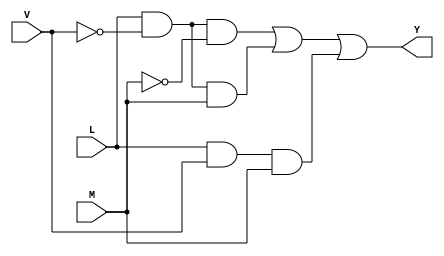
//Universidad del Valle Digital 1
//Rodrigo Jos Garca Ambrosy Carne:19085
//Ejercicio 5 - Sistema de Alarma

module SistemaSOP(input wire L, V, M, output wire Y);
//nots
    wire nL, nV, nM;
//salidas
    wire w1, w2, w3;

//operadoers
    not(nL, L);
    not(nV, V);
    not(nM, M);
    and(w1,L, nV, nM);
    and(w2,L, nV, M);
    and(w3,L, V, M);
    or(Y, w1, w2, w3);

endmodule



module SistemaPOS(input wire L, V, M, output wire Y);
//nots
    wire nL, nV, nM;
//salidas
    wire w1, w2, w3, w4, w5;

//operadoers
    not(nL, L);
    not(nV, V);
    not(nM, M);
    or(w1, L, V, M);
    or(w2, L, V, nM);
    or(w3, L, nV, M);
    or(w4, L, nV, nM);
    or(w5, nL, nV, M);
    and(Y, w1, w2, w3, w4, w5);

endmodule



module SistemaSIM(input wire L, V, M, output wire Y);
//nots
    wire nV;
//salidas
    wire w1, w2;

//operadoers
    not(nV, V);
    and(w1, L, nV);
    and(w2, L, M);
    or(Y, w1, w2);

endmodule


module SistemaSOPLOG(input wire L, V, M, output wire Y);

    assign Y = (L & ~V & ~M) | (L & ~V & M) | (L & V & M);

endmodule


module SistemaPOSLOG(input wire L, V, M, output wire Y);

    assign Y = (L | V | M) & (L | V | ~M) & (L | ~V | M) & (L | ~V | ~M) & (~L | ~V | M);
 
endmodule


module SistemaSIMLOG(input wire L, V, M, output wire Y);

    assign Y =  (L & ~V) | (L & M);

endmodule